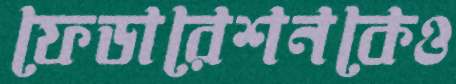
ফেডারেশনকেও